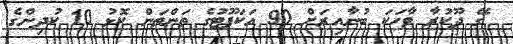
ގޭ ދޫކުރާ ވާހަކަ ބުނާއިރަށް 90 އަކަފޫޓުގެ ތަންތަން ކޮޅު 10 ކުދިންގެ